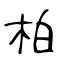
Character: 柏